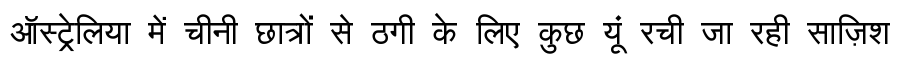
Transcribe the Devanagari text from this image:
ऑस्ट्रेलिया में चीनी छात्रों से ठगी के लिए कुछ यूं रची जा रही साज़िश